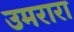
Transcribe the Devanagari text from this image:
उमरारा